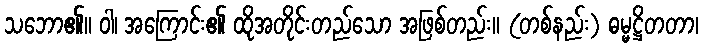
သဘော၏။ ဝါ၊ အကြောင်း၏ ထိုအတိုင်းတည်သော အဖြစ်တည်း။ (တစ်နည်း) ဓမ္မဋ္ဌိတတာ၊